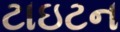
ટાઇટન